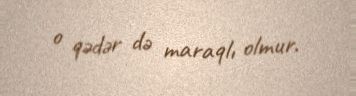
o qədər də maraqlı olmur.